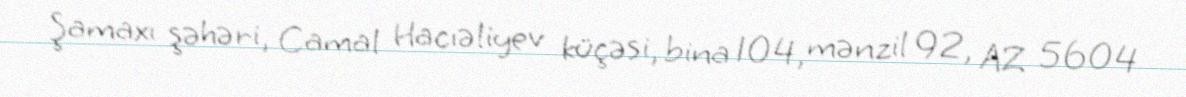
Şamaxı şəhəri, Camal Hacıəliyev küçəsi, bina 104, mənzil 92, AZ 5604